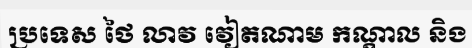
ប្រទេស ថៃ លាវ វៀតណាម កណ្តាល និង